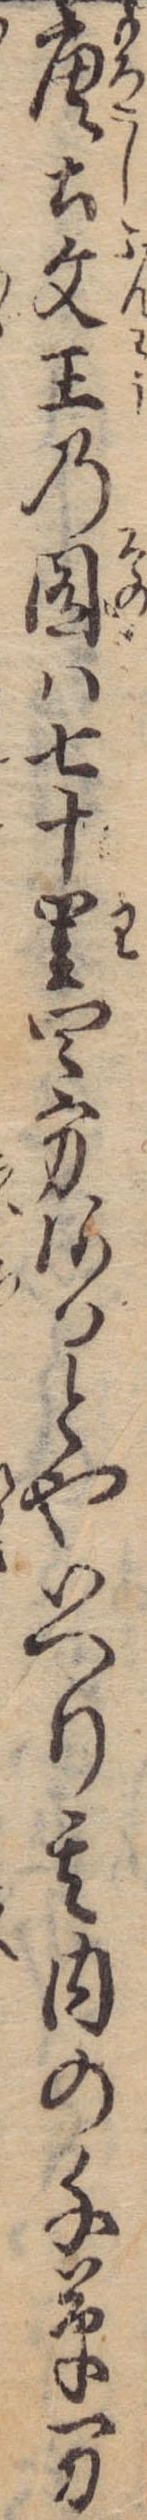
唐土文王の囿は七十里四方あるとやいへり其内の千草万